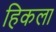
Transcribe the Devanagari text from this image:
हिकला